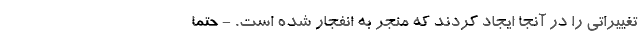
تغییراتی را در آنجا ایجاد کردند که منجر به انفجار شده است. - حتما